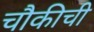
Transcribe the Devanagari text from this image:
चौकीची